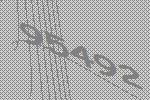
95492